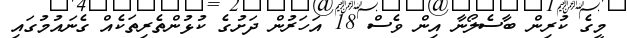
މީގެ ކުރިން ބާސެލޯނާ އިން ވެސް 18 އަހަރުން ދަށުގެ ކުޅުންތެރިތަކެއް ގެނައުމުގައި